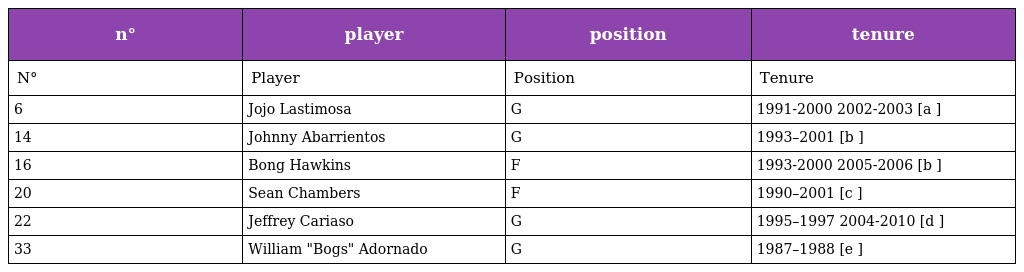
| n° | player | position | tenure |
 | --- | --- | --- | --- |
 | N° | Player | Position | Tenure |
 | 6 | Jojo Lastimosa | G | 1991-2000 2002-2003 [a ] |
 | 14 | Johnny Abarrientos | G | 1993–2001 [b ] |
 | 16 | Bong Hawkins | F | 1993-2000 2005-2006 [b ] |
 | 20 | Sean Chambers | F | 1990–2001 [c ] |
 | 22 | Jeffrey Cariaso | G | 1995–1997 2004-2010 [d ] |
 | 33 | William "Bogs" Adornado | G | 1987–1988 [e ] |